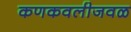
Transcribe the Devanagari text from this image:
कणकवलीजवळ